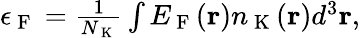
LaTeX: \begin{array}{r}{\epsilon_{\mathrm{~F~}}=\frac{1}{N_{\mathrm{~K~}}}\int E_{\mathrm{~F~}}(\textbf{r})n_{\mathrm{~K~}}(\textbf{r})d^{3}\textbf{r},}\end{array}